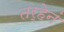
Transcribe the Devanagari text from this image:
तर्‍हेनं